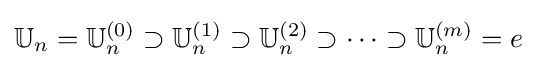
\mathbb {U} _{n}=\mathbb {U} _{n}^{(0)}\supset \mathbb {U} _{n}^{(1)}\supset \mathbb {U} _{n}^{(2)}\supset \cdots \supset \mathbb {U} _{n}^{(m)}=e